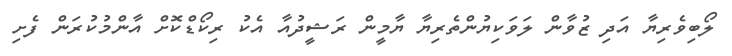
ލޯބިވެރިޔާ އަދި ޒުވާން ލަވަކިޔުންތެރިޔާ ޔާމީން ރަޝީދުއާ އެކު ރިކޯޑްކޮށް އާންމުކުރަން ފެށި